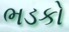
ભડકો